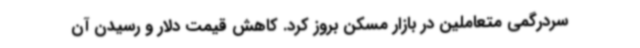
سردرگمی متعاملین در بازار مسکن بروز کرد. کاهش قیمت دلار و رسیدن آن